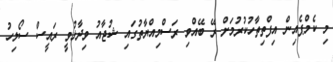
މި ކެމްޕެއިން އިފްތިތާހުކުރުމަށް ރޭ ބޭއްވި ރަސްމިއްޔާތުގައި ޝުޖާއު ވިދާޅުވީ ރައީސް ސޯލިހު